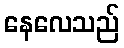
နေလေသည်